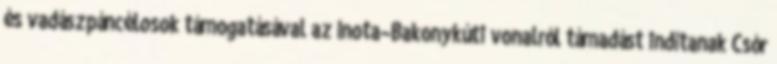
és vadászpáncélosok támogatásával az Inota–Bakonykúti vonalról támadást indítanak Csór